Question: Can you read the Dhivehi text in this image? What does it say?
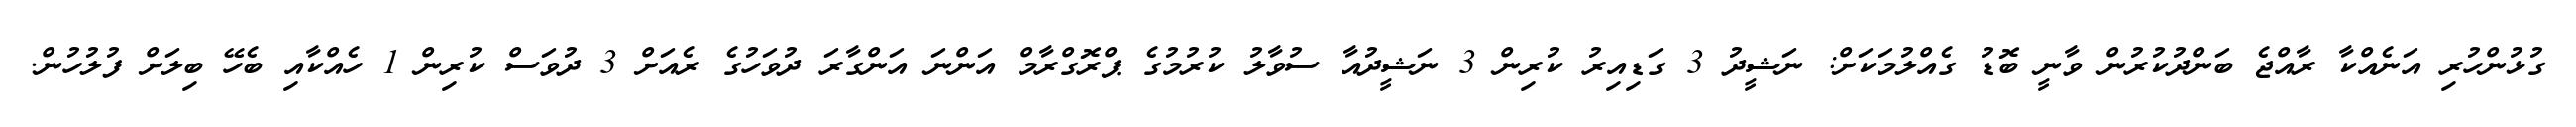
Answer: ގުޅުންހުރި އަނެއްކާ ރާއްޖެ ބަންދުކުރުން ވާނީ ބޮޑު ގެއްލުމަކަށް: ނަޝީދު 3 ގަޑިއިރު ކުރިން 3 ނަޝީދުއާ ސުވާލު ކުރުމުގެ ޕްރޮގްރާމް އަންނަ އަންގާރަ ދުވަހުގެ ރެއަށް 3 ދުވަސް ކުރިން 1 ހެއްކާއި ބެހޭ ބިލަށް ފުލުހުން.